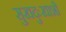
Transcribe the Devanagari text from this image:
सुखदुःखाशी